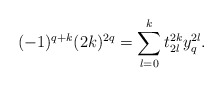
\begin{align*}(-1)^{q+k} (2k)^{2q}=\sum_{l=0}^{k} t_{2l}^{2k}y^{2l}_q.\end{align*}